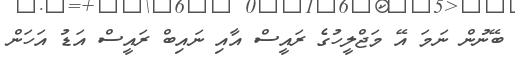
ބޭނުން ނަމަ އޭ މަޖްލީހުގެ ރައީސް އާއި ނައިބް ރައީސް އަޑު އަހަން